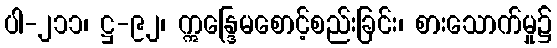
ပါ-၂၁၁၊ ဋ္ဌ-၉၂၊ ဣန္ဒြေမစောင့်စည်းခြင်း၊ စားသောက်မှု၌